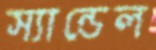
স্যান্ডেল